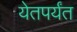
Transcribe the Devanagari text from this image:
येतपर्यंत